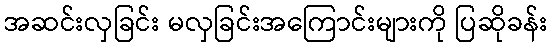
အဆင်းလှခြင်း မလှခြင်းအကြောင်းများကို ပြဆိုခန်း